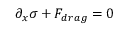
\partial _ { x } \sigma + F _ { d r a g } = 0